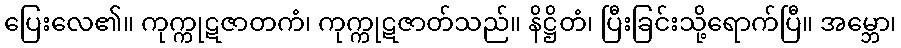
ပြေးလေ၏။ ကုက္ကုဋဇာတကံ၊ ကုက္ကုဋဇာတ်သည်။ နိဋ္ဌိတံ၊ ပြီးခြင်းသို့ရောက်ပြီ။ အမ္ဘော၊